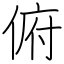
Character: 俯